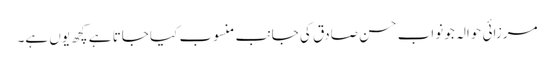
مرزائی حوالہ جو نواب حسن صادق کی جانب منسوب کیا جاتا ہے کچھ یوں ہے۔